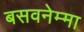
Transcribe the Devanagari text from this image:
बसवनेम्मा